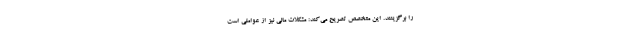
را برگزینند. این متخصص تصریح می‌کند: مشکلات مالی نیز از عواملی است